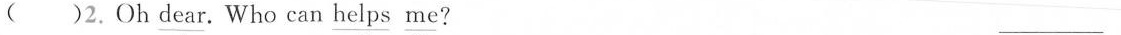
( )2. Oh \underline{dear}. Who can \underline{helps} \underline{me}? ___